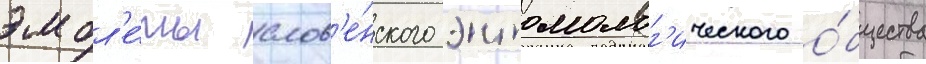
эмбл'е́мы слов'е́нского энтомолог'ического о́бщества